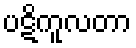
ပဋိကူလတာ